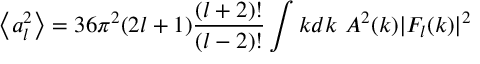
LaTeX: \left\langle a _ { l } ^ { 2 } \right\rangle = 3 6 \pi ^ { 2 } ( 2 l + 1 ) { \frac { ( l + 2 ) ! } { ( l - 2 ) ! } } \int k d k \ A ^ { 2 } ( k ) | F _ { l } ( k ) | ^ { 2 }